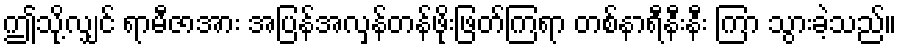
ဤသို့လျှင် ရာမီဇာအား အပြန်အလှန်တန်ဖိုးဖြတ်ကြရာ တစ်နာရီနီးနီး ကြာ သွားခဲ့သည်။